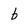
Character: b